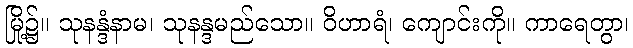
မြို့၌။ သုနန္ဒံနာမ၊ သုနန္ဒမည်သော။ ဝိဟာရံ၊ ကျောင်းကို။ ကာရေတွာ၊